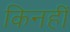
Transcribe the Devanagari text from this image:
किनहीं